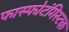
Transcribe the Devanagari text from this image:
फास्फोटंगिस्टक